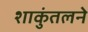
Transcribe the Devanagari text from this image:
शाकुंतलने